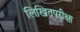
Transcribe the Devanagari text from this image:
लिखितपरीक्षा